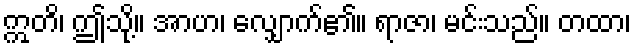
ဣတိ၊ ဤသို့။ အာဟ၊ လျှောက်၏။ ရာဇာ၊ မင်းသည်။ တထာ၊